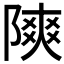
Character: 𫕐